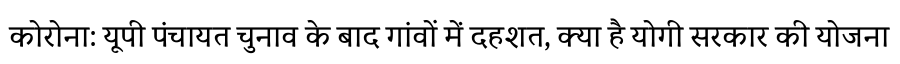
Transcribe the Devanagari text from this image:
कोरोना: यूपी पंचायत चुनाव के बाद गांवों में दहशत, क्या है योगी सरकार की योजना